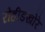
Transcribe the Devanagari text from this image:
रोहीडखोरे